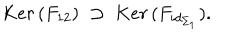
K e r \, ( F _ { 1 2 } ) \; \supset \; K e r \, ( F _ { i d _ { \Sigma _ { 1 } } } ) .